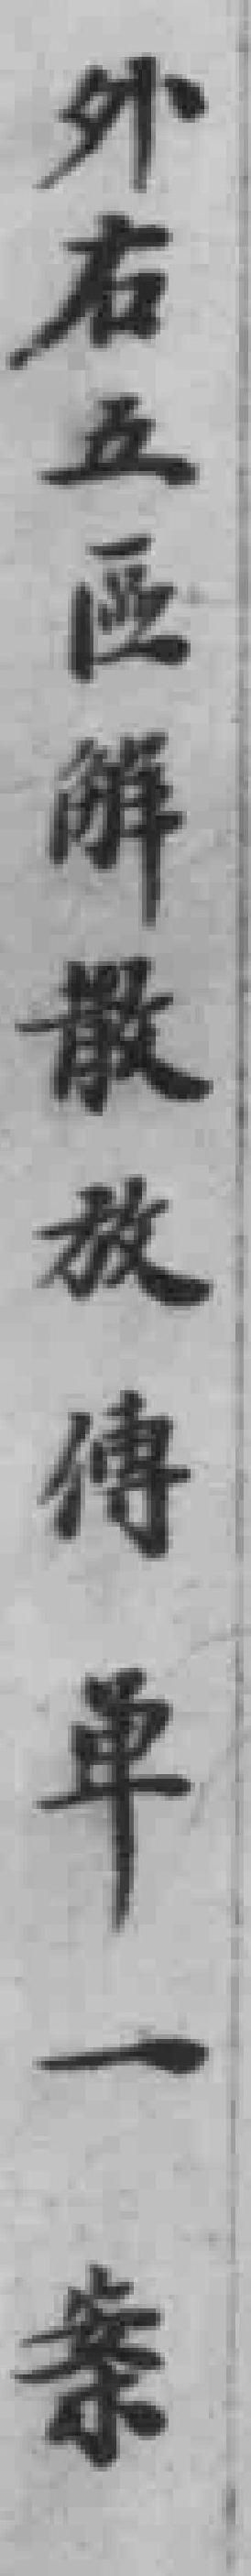
外右五區觧散放傳單一案